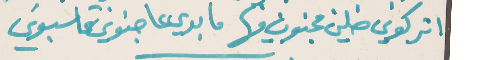
اتركوني ضلني مجنون فيها   ما بدي عا جنوني تحاسبوني